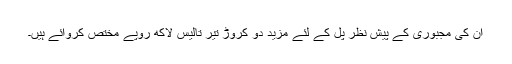
ان کی مجبوری کے پیش نظر پل کے لئے مزید دو کروڑ تیر تالیس لاکھ روپے مختص کروائے ہیں۔